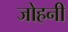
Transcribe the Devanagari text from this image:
जोहनी